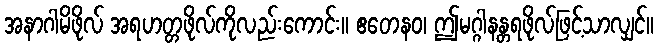
အနာဂါမိဖိုလ် အရဟတ္တဖိုလ်ကိုလည်းကောင်း။ ဧတေနဝ၊ ဤမဂ္ဂါနန္တရဖိုလ်ဖြင့်သာလျှင်။